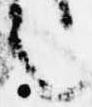
之